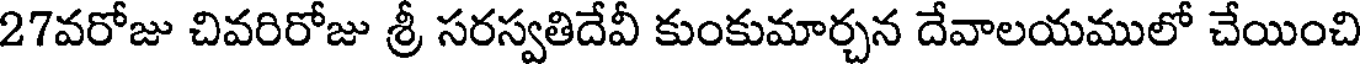
27వరోజు చివరిరోజు శ్రీ సరస్వతిదేవీ కుంకుమార్చన దేవాలయములో చేయించి